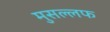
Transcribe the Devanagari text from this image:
मुसल्लफ